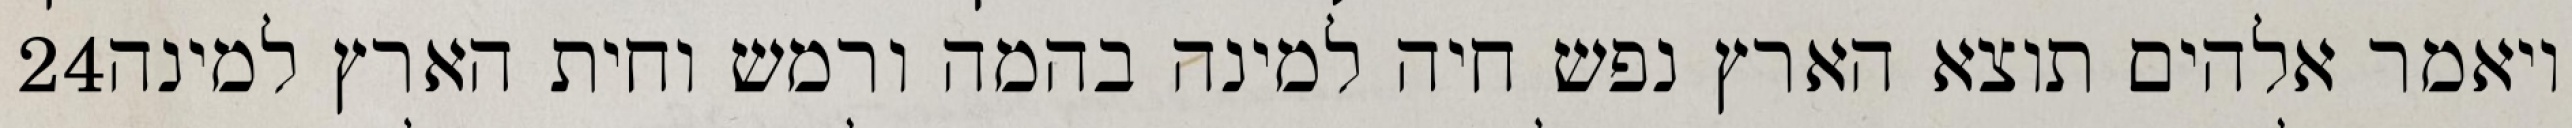
‎24‏ ויאמר אלהים תוצא הארץ נפש חיה למינה בהמה ורמש וחית הארץ למינה